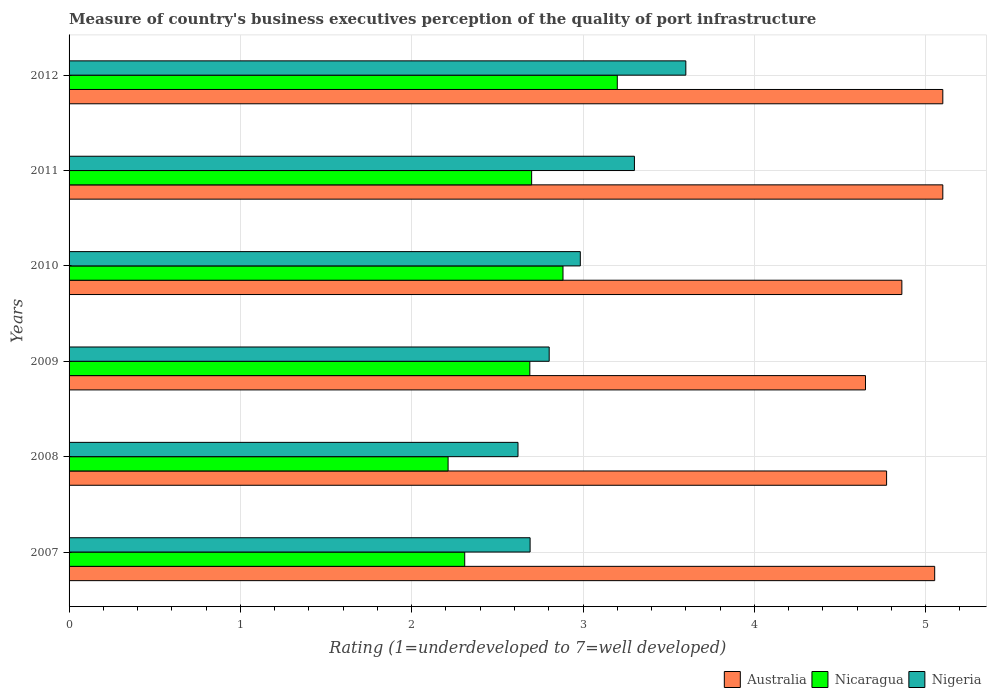
| Years | Australia | Nicaragua | Nigeria |
 | --- | --- | --- | --- |
 | 2007 | 5.05 | 2.31 | 2.69 |
 | 2008 | 4.77 | 2.21 | 2.62 |
 | 2009 | 4.65 | 2.69 | 2.8 |
 | 2010 | 4.86 | 2.88 | 2.98 |
 | 2011 | 5.1 | 2.7 | 3.3 |
 | 2012 | 5.1 | 3.2 | 3.6 |